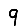
Digit: 9